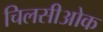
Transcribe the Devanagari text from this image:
चिलसीओक